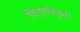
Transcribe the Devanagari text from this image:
चित्तविकृती